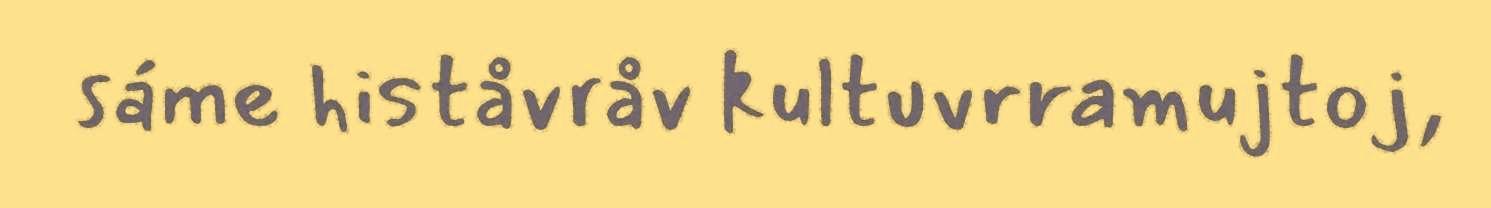
sáme histåvråv kultuvrramujtoj,